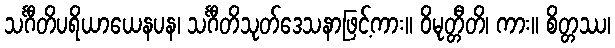
သင်္ဂီတိပရိယာယေနပန၊ သင်္ဂီတိသုတ်ဒေသနာဖြင့်ကား။ ဝိမုတ္တီတိ၊ ကား။ စိတ္တဿ၊